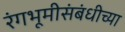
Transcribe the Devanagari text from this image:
रंगभूमीसंबंधीच्या